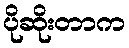
ပိုဆိုးတာက